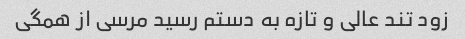
زود تند عالی و تازه به دستم رسید مرسی از همگی